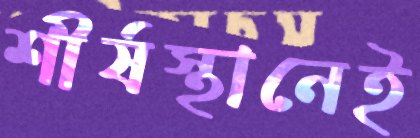
শীর্ষস্থানেই